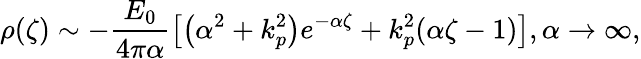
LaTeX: \rho(\zeta)\sim-\frac{E_{0}}{4\pi\alpha}\left[\left(\alpha^{2}+k_{p}^{2}\right)e^{-\alpha\zeta}+k_{p}^{2}(\alpha\zeta-1)\right],\alpha\to\infty,